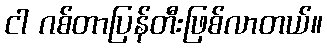
ငါ ဂစ်တာပြန်တီးဖြစ်လာတယ်။